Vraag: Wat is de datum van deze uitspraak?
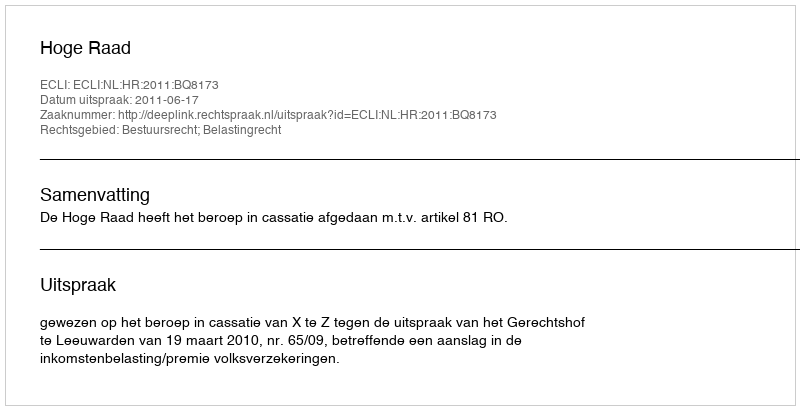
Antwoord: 2011-06-17